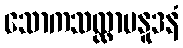
သောကသလ္လာပနူဒနံ